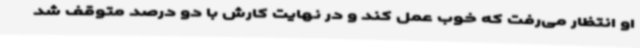
او انتظار می‌رفت که خوب عمل کند و در نهایت کارش با دو درصد متوقف شد